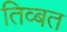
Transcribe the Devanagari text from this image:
तिव्बत